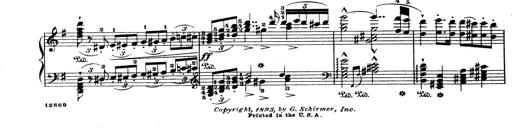
Title: Wagner-Liszt Album
Composer: Franz Liszt